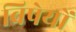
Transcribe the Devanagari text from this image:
विषेयों